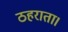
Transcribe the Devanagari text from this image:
ठहराता।